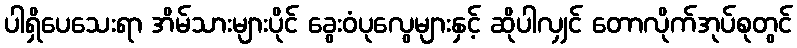
ပါရှိပေသေးရာ အိမ်သားများပိုင် ခွေးဝံပုလွေများနှင့် ဆိုပါလျှင် တောလိုက်အုပ်စုတွင်